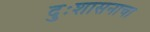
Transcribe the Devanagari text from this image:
दुःशासनाचा